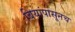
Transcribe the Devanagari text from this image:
बियांपासूनच